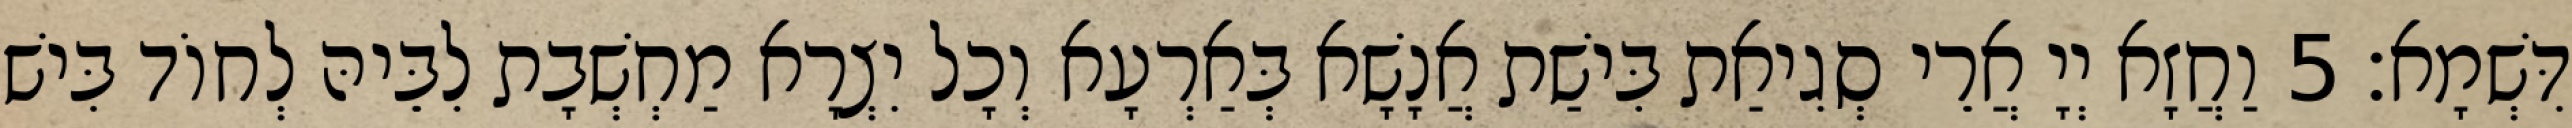
דִּשְׁמָא׃ 5 וַחֲזָא יְיָ אֲרֵי סְגִיאַת בִּישַׁת אֲנָשָׁא בְּאַרְעָא וְכָל יִצְרָא מַחְשְׁבָת לִבֵּיהּ לְחוֹד בִּישׁ